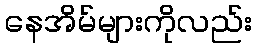
နေအိမ်များကိုလည်း